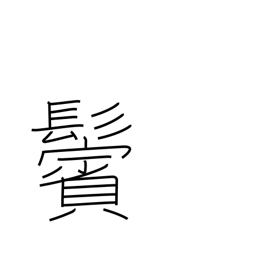
Meaning: sideburns